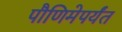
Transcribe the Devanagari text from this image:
पौणिमेपर्यंत